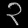
Digit: ၃